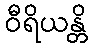
ဝီရိယန္တိ